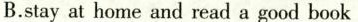
B.stay at home and read a good book